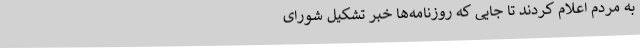
به‌ مردم‌ اعلام‌ کردند تا جایی‌ که‌ روزنامه‌ها خبر تشکیل‌ شورای‌